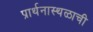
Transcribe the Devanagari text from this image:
प्रार्थनास्थळाची